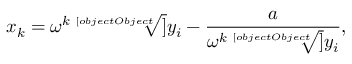
x _ { k } = \omega ^ { k } { \sqrt [ [object Object] ] { y _ { i } } } - { \frac { a } { \omega ^ { k } { \sqrt [ [object Object] ] { y _ { i } } } } } ,